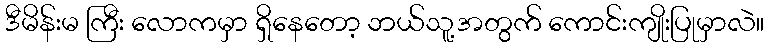
ဒီမိန်းမ ကြီး လောကမှာ ရှိနေတော့ ဘယ်သူ့အတွက် ကောင်းကျိုးပြုမှာလဲ။